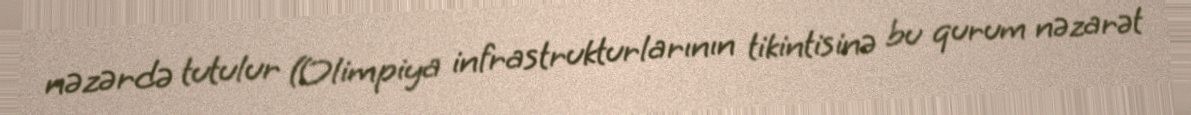
nəzərdə tutulur (Olimpiya infrastrukturlarının tikintisinə bu qurum nəzarət